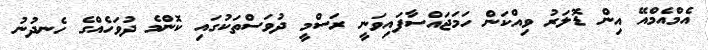
އެމްއެމްއޭ އިން ޑޮލަރު ވިއްކަން ހަމަޖައްސާފައިވަނީ ރަސްމީ ދުވަސްތަކުގައި ކޮންމެ ދުވަހެއްގެ ހެނދުނު